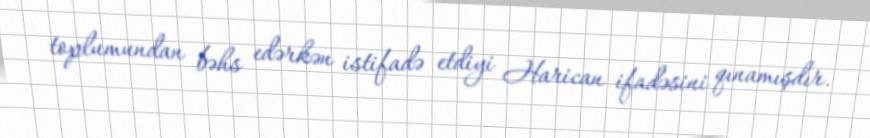
toplumundan bəhs edərkən istifadə etdiyi Harican ifadəsini qınamışdır.